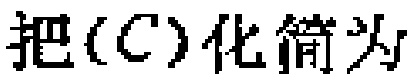
把(C)化简为